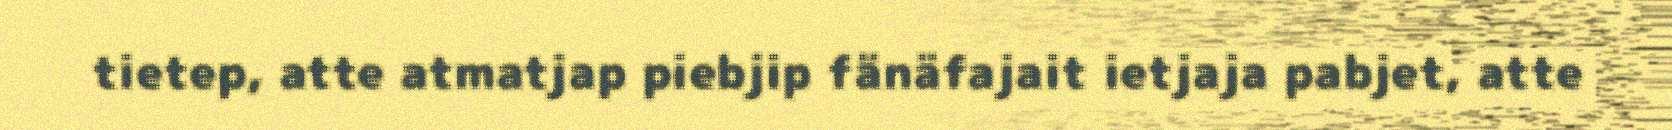
tietep, atte atmatjap piebjip fänäfajait ietjaja pabjet, atte